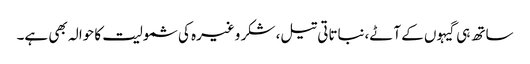
ساتھ ہی گیہوں کے آٹے،نباتاتی تیل، شکر وغیرہ کی شمولیت کا حوالہ بھی ہے۔